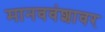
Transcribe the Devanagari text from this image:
मानववंशावर